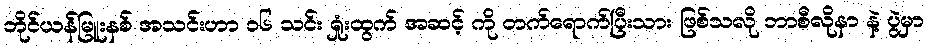
ဘိုင်ယန်မြူးနစ် အသင်းဟာ ၁၆ သင်း ရှုံးထွက် အဆင့် ကို တက်ရောက်ပြီးသား ဖြစ်သလို ဘာစီလိုနာ နဲ့ ပွဲမှာ